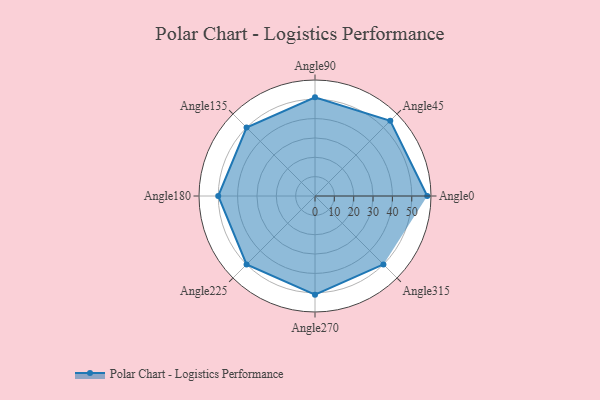
{"axis": {"x": "Angle", "y": "Radius"}, "legend": [""], "data": [{"x": "Angle0", "y": 58.0, "type": ""}, {"x": "Angle45", "y": 55.0, "type": ""}, {"x": "Angle90", "y": 51.0, "type": ""}, {"x": "Angle135", "y": 50, "type": ""}, {"x": "Angle180", "y": 50, "type": ""}, {"x": "Angle225", "y": 50, "type": ""}, {"x": "Angle270", "y": 51.0, "type": ""}, {"x": "Angle315", "y": 50, "type": ""}]}